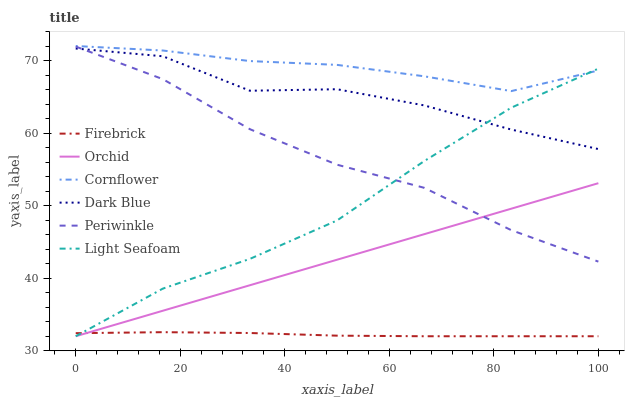
| xaxis_label | Firebrick | Orchid | Cornflower | Dark Blue | Periwinkle | Light Seafoam |
 | --- | --- | --- | --- | --- | --- | --- |
 | 0 | 32.4 | 32 | 72 | 71.7 | 71.9 | 32 |
 | 16.7 | 32.6 | 35.5 | 71.4 | 70.6 | 67.4 | 38.6 |
 | 33.3 | 32.4 | 39 | 69.9 | 65.8 | 60.5 | 42.7 |
 | 50 | 32.1 | 42.5 | 69.4 | 66 | 55.6 | 48 |
 | 66.7 | 32 | 46.1 | 67.8 | 63.8 | 52.5 | 56.1 |
 | 83.3 | 32 | 49.6 | 65.8 | 60.5 | 46.6 | 63.5 |
 | 100 | 32 | 53.1 | 68.6 | 57.8 | 42.3 | 68.9 |